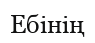
Ебінің